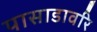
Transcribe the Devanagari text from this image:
पासाडावरि